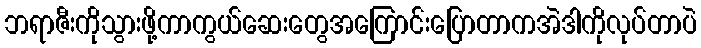
ဘရာဇီးကိုသွားဖို့ကာကွယ်ဆေးတွေအကြောင်းပြောတာကအဲဒါကိုလုပ်တာပဲ